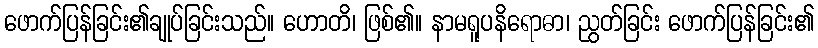
ဖောက်ပြန်ခြင်း၏ချုပ်ခြင်းသည်။ ဟောတိ၊ ဖြစ်၏။ နာမရူပနိရောဓာ၊ ညွတ်ခြင်း ဖောက်ပြန်ခြင်း၏